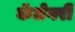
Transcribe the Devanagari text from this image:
कॅलेगरी